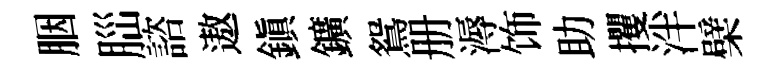
胭𦛁諮遨鎮鑛鴛册溽饰助攫泮檗